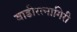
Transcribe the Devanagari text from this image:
वाडीरत्नागिरी